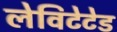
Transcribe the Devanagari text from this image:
लेविटेटेड